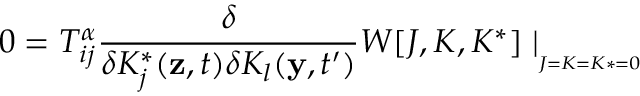
0 = T _ { i j } ^ { \alpha } \frac { \delta } { \delta K _ { j } ^ { * } ( \mathbf { z } , t ) \delta K _ { l } ( \mathbf { y } , t ^ { \prime } ) } W [ J , K , K ^ { * } ] \mid _ { _ { _ { J = K = K * = 0 } } }